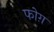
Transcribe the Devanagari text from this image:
फोग़